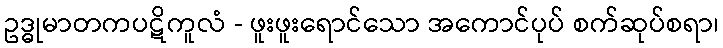
ဥဒ္ဓုမာတကပဋိကူလံ - ဖူးဖူးရောင်သော အကောင်ပုပ် စက်ဆုပ်စရာ၊